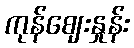
ကုန်ဈေးနှုန်း